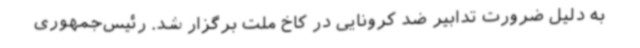
به دلیل ضرورت تدابیر ضد کرونایی در کاخ ملت برگزار شد. رئیس‌جمهوری